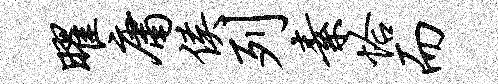
曜庸侯列素恰而